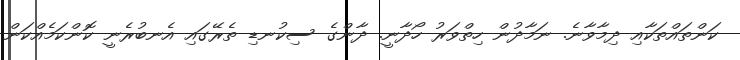
ކަންތައްތަކާއި ދިމާވާނެ. ނަމާދުން ހިތްވަރު ހޯދާނީ. ދާންގެ ސިކުނޑި ތެރޭގައި އެނބުރެނީ ކޮންކަމެއްކަން